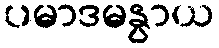
ပမာဒမနွာယ